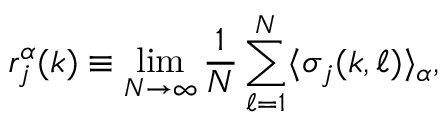
r _ { j } ^ { \alpha } ( k ) \equiv \operatorname* { l i m } _ { N \rightarrow \infty } \frac { 1 } { N } \sum _ { \ell = 1 } ^ { N } \langle \sigma _ { j } ( k , \ell ) \rangle _ { \alpha } ,